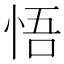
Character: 悟